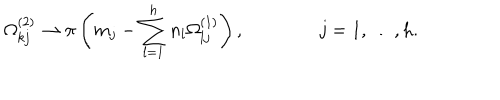
LaTeX: \Omega _ { k j } ^ { ( 2 ) } \to \pi \left( m _ { j } - \sum _ { l = 1 } ^ { h } n _ { l } \Omega _ { l j } ^ { ( 1 ) } \right) , \qquad \qquad j = 1 , \ldots , h .